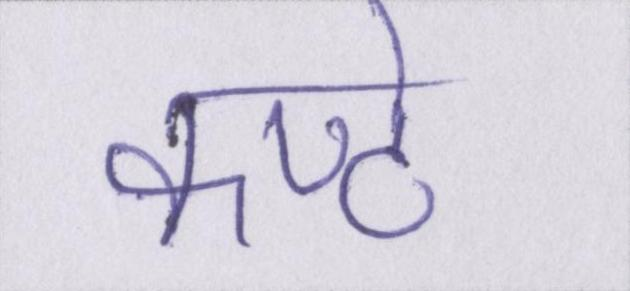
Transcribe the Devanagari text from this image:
कण्ठे